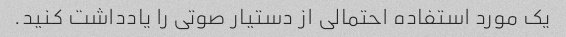
یک مورد استفاده احتمالی از دستیار صوتی را یادداشت کنید.